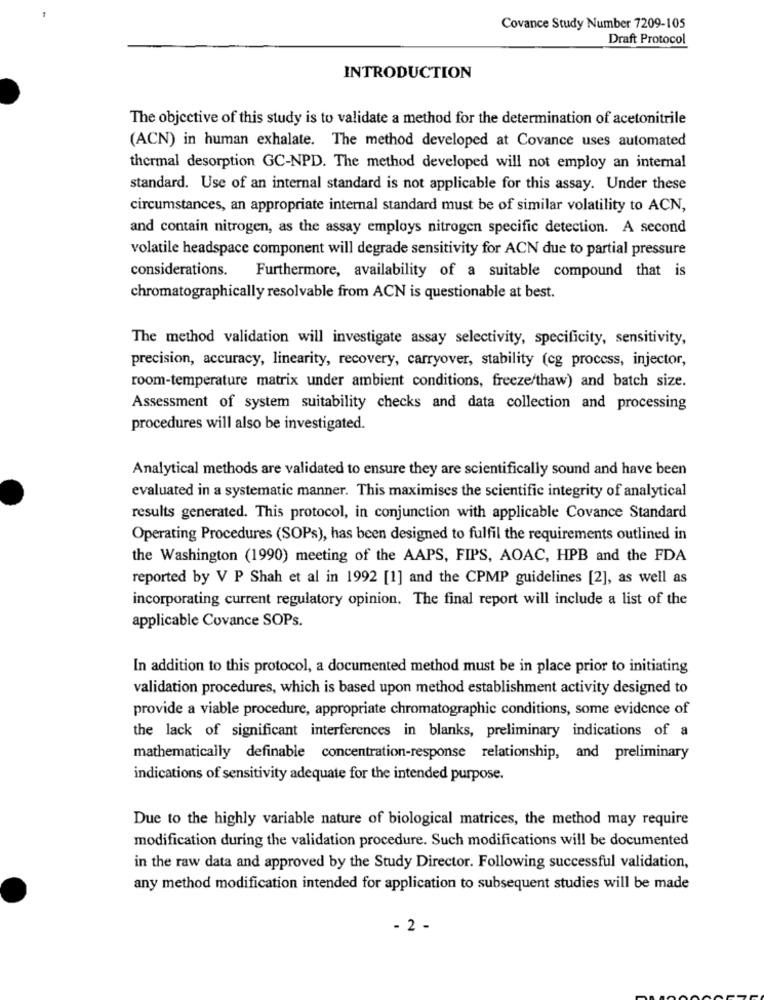
Covance Study Number 7209-105
Draft Protocol
INTRODUCTION
The objective of this study is to validate a method for the determination of acetonitrile
(ACN) in human exhalate. The method developed at Covance uses automated
thermal desorption GC-NPD. The method developed will not employ an internal
standard. Use of an internal standard is not applicable for this assay. Under these
circumstances, an appropriate internal standard must be of similar volatility to ACN,
and contain nitrogen, as the assay employs nitrogen specific detection. A second
volatile headspace component will degrade sensitivity for ACN due to partial pressure
considerations.
Furthermore, availability of a suitable compound that is
chromatographically resolvable from ACN is questionable at best.
The method validation will investigate assay selectivity, specificity, sensitivity,
precision, accuracy, linearity, recovery, carryover, stability (cg process, injector,
room-temperature matrix under ambient conditions, freeze/thaw) and batch size.
Assessment of system suitability checks and data collection and processing
procedures will also be investigated.
Analytical methods are validated to ensure they are scientifically sound and have been
evaluated in a systematic manner. This maximises the scientific integrity of analytical
results generated. This protocol, in conjunction with applicable Covance Standard
Operating Procedures (SOPs), has been designed to fulfil the requirements outlined in
the Washington (1990) meeting of the AAPS, FIPS, AOAC, HPB and the FDA
reported by V P Shah et al in 1992 [1] and the CPMP guidelines [2], as well as
incorporating current regulatory opinion. The final report will include a list of the
applicable Covance SOPs.
In addition to this protocol, a documented method must be in place prior to initiating
validation procedures, which is based upon method establishment activity designed to
provide a viable procedure, appropriate chromatographie conditions, some evidence of
the lack of significant interferences in blanks, preliminary indications of a
mathematically definable concentration-response relationship, and preliminary
indications of sensitivity adequate for the intended purpose.
Due to the highly variable nature of biological matrices, the method may require
modification during the validation procedure. Such modifications will be documented
in the raw data and approved by the Study Director. Following successful validation,
any method modification intended for application to subsequent studies will be made
- 2 -